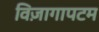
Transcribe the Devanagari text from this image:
विज़ागापटम